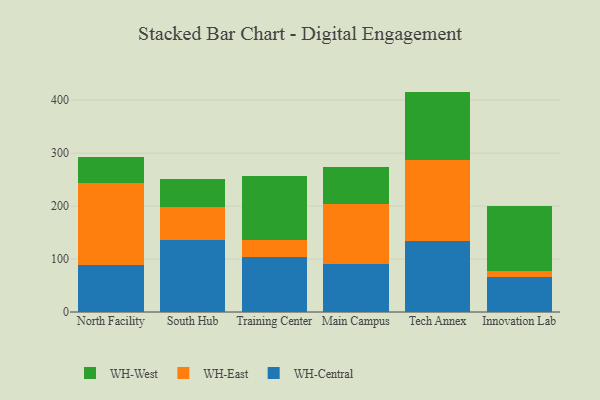
{"axis": {"x": "Campus", "y": "Demand Index"}, "legend": ["WH-Central", "WH-East", "WH-West"], "data": [{"x": "North Facility", "y": 88.0, "type": "WH-Central"}, {"x": "North Facility", "y": 155.1, "type": "WH-East"}, {"x": "North Facility", "y": 49.7, "type": "WH-West"}, {"x": "South Hub", "y": 136.4, "type": "WH-Central"}, {"x": "South Hub", "y": 61.4, "type": "WH-East"}, {"x": "South Hub", "y": 53.7, "type": "WH-West"}, {"x": "Training Center", "y": 104.5, "type": "WH-Central"}, {"x": "Training Center", "y": 32.3, "type": "WH-East"}, {"x": "Training Center", "y": 120.2, "type": "WH-West"}, {"x": "Main Campus", "y": 91.3, "type": "WH-Central"}, {"x": "Main Campus", "y": 111.8, "type": "WH-East"}, {"x": "Main Campus", "y": 69.8, "type": "WH-West"}, {"x": "Tech Annex", "y": 133.6, "type": "WH-Central"}, {"x": "Tech Annex", "y": 154.2, "type": "WH-East"}, {"x": "Tech Annex", "y": 128.4, "type": "WH-West"}, {"x": "Innovation Lab", "y": 65.7, "type": "WH-Central"}, {"x": "Innovation Lab", "y": 11.9, "type": "WH-East"}, {"x": "Innovation Lab", "y": 122.8, "type": "WH-West"}]}